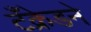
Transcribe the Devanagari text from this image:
टँक्रेडने